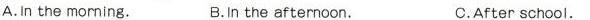
A.In the morning. B.In the afternoon. C.After school.